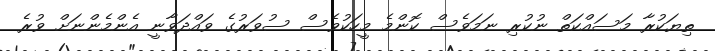
ތިޔަކުރާ މަސައްކަތް ނުކުރި ނަމަވެސް ކޮންމެ މީހަކުވެސް ސުވަރުގެ ވައްދަވާނީ އެންމެންނަށް ވުރެ